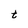
Character: t